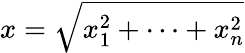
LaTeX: x=\sqrt{x_{1}^{2}+\cdots+x_{n}^{2}}